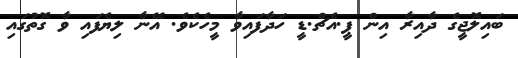
ބައިލޮޖީގެ ދާއިރާ އިން ޕީ.އެޗް.ޑީ ހަދާފައިވާ މީހެކެވެ. އޭނާ ލިޔެފައި ވާ ގޮތުގައި